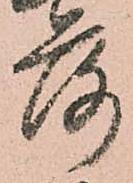
落